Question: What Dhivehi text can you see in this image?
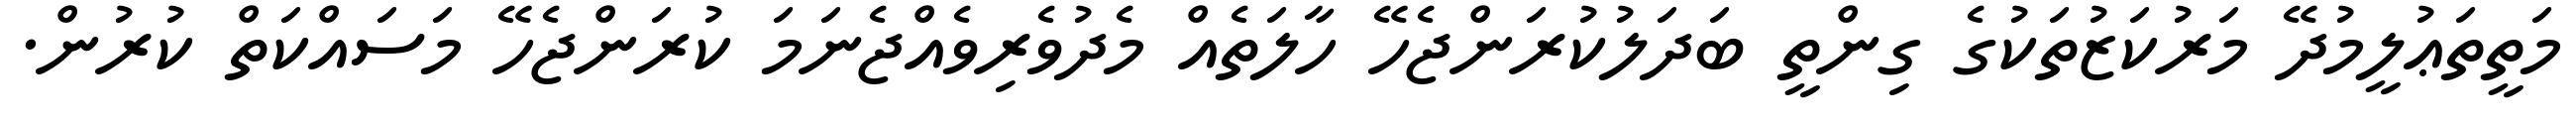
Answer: މަތީތަޢުލީމުދޭ މަރުކަޒުތަކުގެ ގިންތީ ބަދަލުކުރަންޖެހޭ ހާލަތެއް މެދުވެރިވެއްޖެނަމަ ކުރަންޖެހޭ މަސައްކަތް ކުރުން.